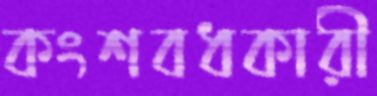
কংশবধকারী